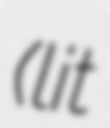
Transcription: (lit